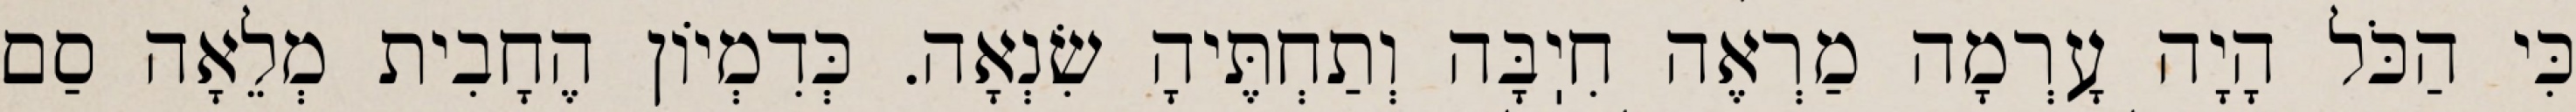
כִּי הַכֹּל הָיָה עָרְמָה מַרְאֶה חִיֽבָּה וְתַחְתֶּיהָ שִׂנְאָה. כְּדִמְיוֹן הֶחָבִית מְלֵאָה סַם